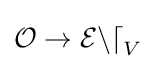
{\mathcal {O}}\to {\mathcal {End}}_{V}